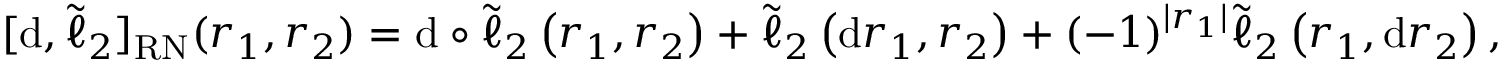
[ \mathrm { d } , \tilde { \ell } _ { 2 } ] _ { \mathrm { \tiny { R N } } } ( r _ { 1 } , r _ { 2 } ) = \mathrm { d } \circ \tilde { \ell } _ { 2 } \left( r _ { 1 } , r _ { 2 } \right) + \tilde { \ell } _ { 2 } \left( \mathrm { d } r _ { 1 } , r _ { 2 } \right) + ( - 1 ) ^ { \lvert r _ { 1 } \rvert } \tilde { \ell } _ { 2 } \left( r _ { 1 } , \mathrm { d } r _ { 2 } \right) ,